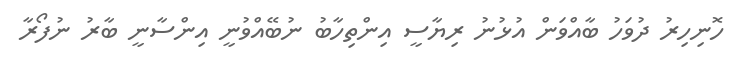
ހޮނިހިރު ދުވަހު ބާއްވަން އުޅުނު ރިޔާސީ އިންތިހާބު ނުބޭއްވުނީ އިންސާނީ ބާރު ނުފޯރާ